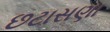
છટાસણા